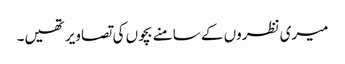
میری نظروں کے سامنے بچوں کی تصاویر تھیں۔